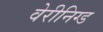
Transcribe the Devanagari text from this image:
वेरीनिग्ड